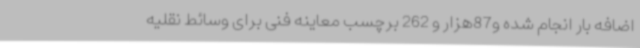
اضافه بار انجام شده و87هزار و 262 برچسب معاینه فنی برای وسائط نقلیه